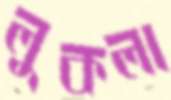
লুকলা